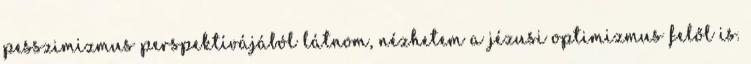
pesszimizmus perspektívájából látnom, nézhetem a jézusi optimizmus felől is.